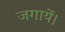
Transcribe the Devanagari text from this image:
जगायें।